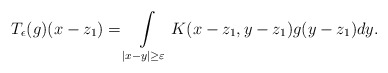
\begin{align*} T_{\epsilon}(g)(x-z_{1})= \int\limits_{|x-y|\geq\varepsilon}K(x-z_{1},y-z_{1})g(y-z_{1})dy. \end{align*}